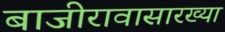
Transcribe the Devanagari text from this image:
बाजीरावासारख्या